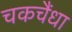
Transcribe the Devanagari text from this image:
चकचैंधा